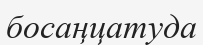
босаңцатуда